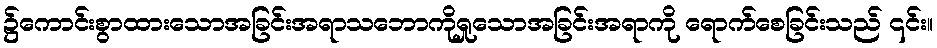
၌ကောင်းစွာထားသောအခြင်းအရာသဘောကိုရှုသောအခြင်းအရာကို ရောက်စေခြင်းသည် ၎င်း။